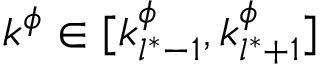
k ^ { \phi } \in [ k _ { l ^ { * } - 1 } ^ { \phi } , k _ { l ^ { * } + 1 } ^ { \phi } ]